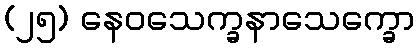
(၂၅) နေဝသေက္ခနာသေက္ခော